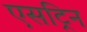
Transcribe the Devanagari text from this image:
एसट्रिन